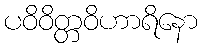
ပဝိဝိတ္တဝိဟာရိနော